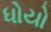
ધોયો